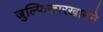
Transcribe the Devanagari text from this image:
जुल्फिखारखानने